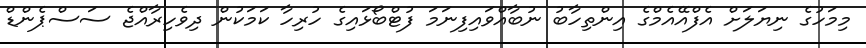
މިމަހުގެ ނިޔަލަށް އެފްއޭއެމްގެ އިންތިހާބު ނުބާއްވައިފިނަމަ ފުޓްބޯޅައިގެ ހުރިހާ ކަމަކުން ދިވެހިރާއްޖެ ސަސްޕެންޑް